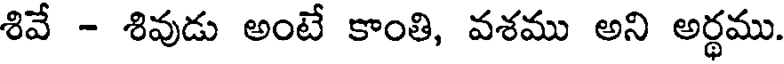
శివే - శివుడు అంటే కాంతి, వశము అని అర్ధము.